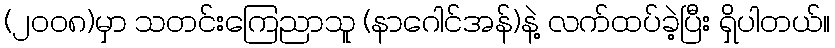
(၂၀၀၈)မှာ သတင်းကြေညာသူ (နာဂေါင်အန်)နဲ့ လက်ထပ်ခဲ့ပြီး ရှိပါတယ်။